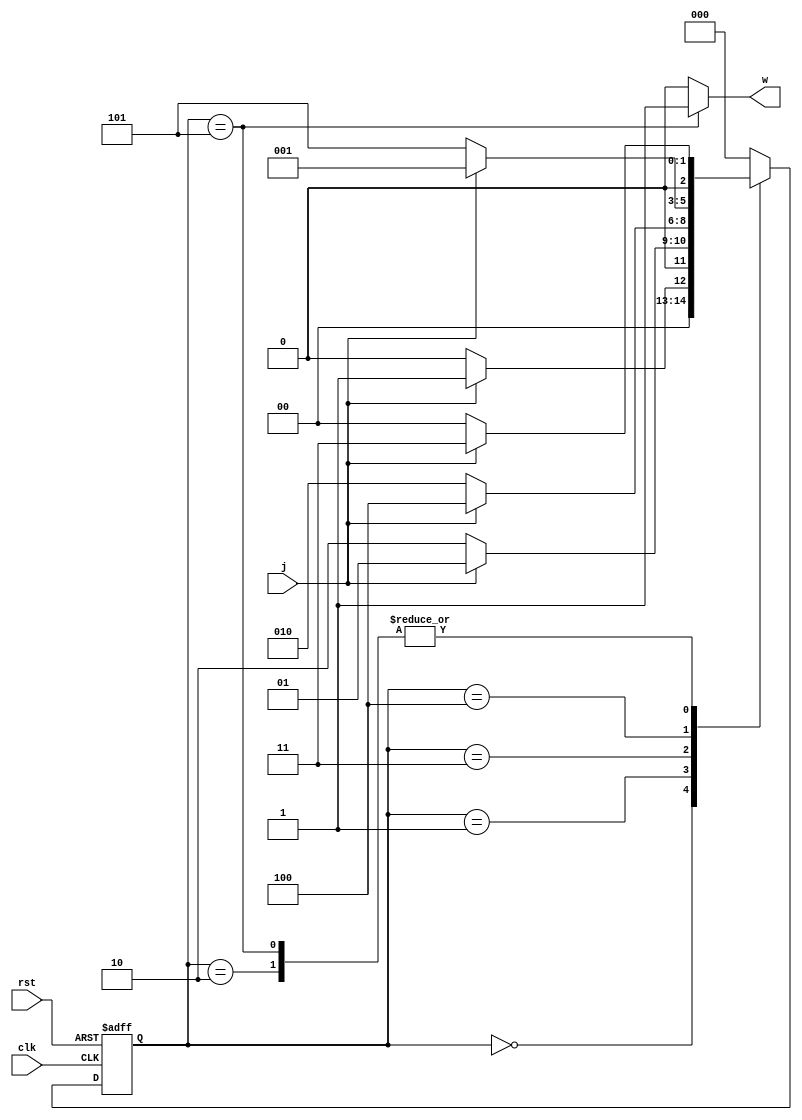
module E1_QQ (input clk,rst,j,output w);
	reg [2:0] ns,ps;
	parameter [2:0] A=3'b000,B=3'b001,C=3'b010,D=3'b011,E=3'b100,F=3'b101;
	always@(ps,j) begin
		ns=3'b000;
		case(ps)
			A: ns= j ? B : A;
			B: ns= j ? B : C;
			C: ns= j ? D : A;
			D: ns= j ? E : C;
			E: ns= j ? B : F;
			F: ns= j ? D : A;
			default: ns=A;
		endcase
	end
	assign w= (ps==F) ? 1'b1 : 1'b0;
	always@(posedge clk,posedge rst)begin
		if(rst)
			ps<=A;
		else
			ps<=ns;
	end
endmodule